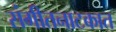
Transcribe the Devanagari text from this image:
संगीतनाटकात